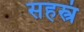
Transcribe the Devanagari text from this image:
सहस्त्रं